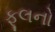
ફૂલનો